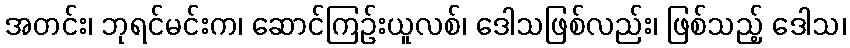
အတင်း၊ ဘုရင်မင်းက၊ ဆောင်ကြဉ်းယူလစ်၊ ဒေါသဖြစ်လည်း၊ ဖြစ်သည့် ဒေါသ၊